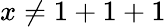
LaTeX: \, \! x\neq 1+1+1